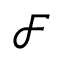
{ \mathcal F }